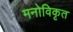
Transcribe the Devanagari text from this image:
मनोविकृत